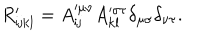
R _ { \mathrm { i j k l } } ^ { \prime } = A _ { \mathrm { i j } } ^ { \mu \nu } A _ { \mathrm { k l } } ^ { \sigma \tau } \delta _ { \mu \sigma } \delta _ { \nu \tau } .